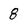
Character: 8